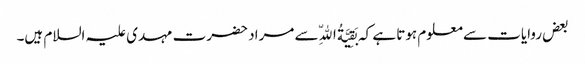
بعض روایات سے معلوم ہوتا ہے کہ بَقِیَّةُ اللّهِ سے مراد حضرت مہدی علیہ السلام ہیں۔